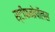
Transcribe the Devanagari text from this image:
स्टीफनोपॉलस